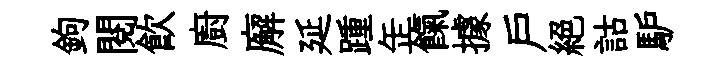
鉤閱飮廚廨延踵𦈢餼據戸絕詁馿